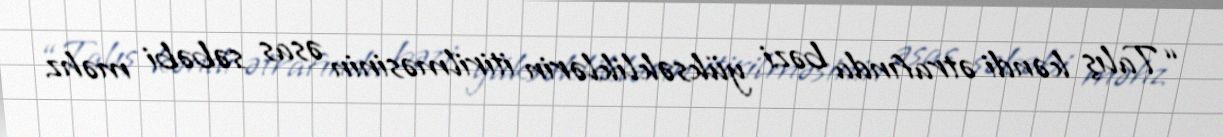
“Talış kəndi ətrafında bəzi yüksəkliklərin itirilməsinin əsas səbəbi məhz